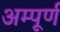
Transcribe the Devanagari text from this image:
अम्पूर्ण